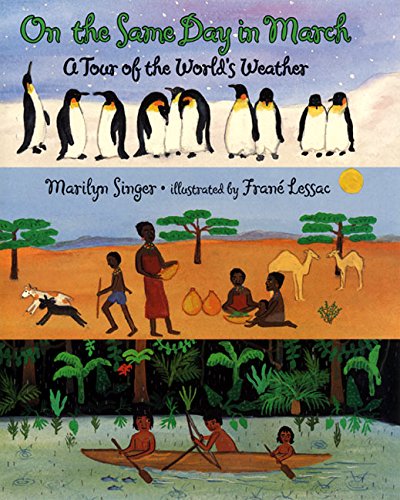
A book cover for On the Same Day in March: A Tour of the World's Weather; Marilyn Singer; Children's Books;